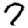
Digit: 7